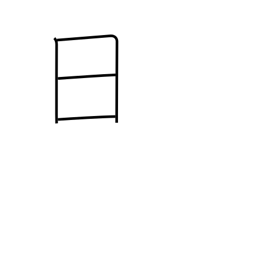
Meaning: day